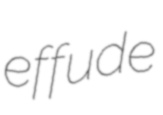
effude